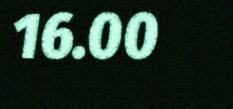
16.00